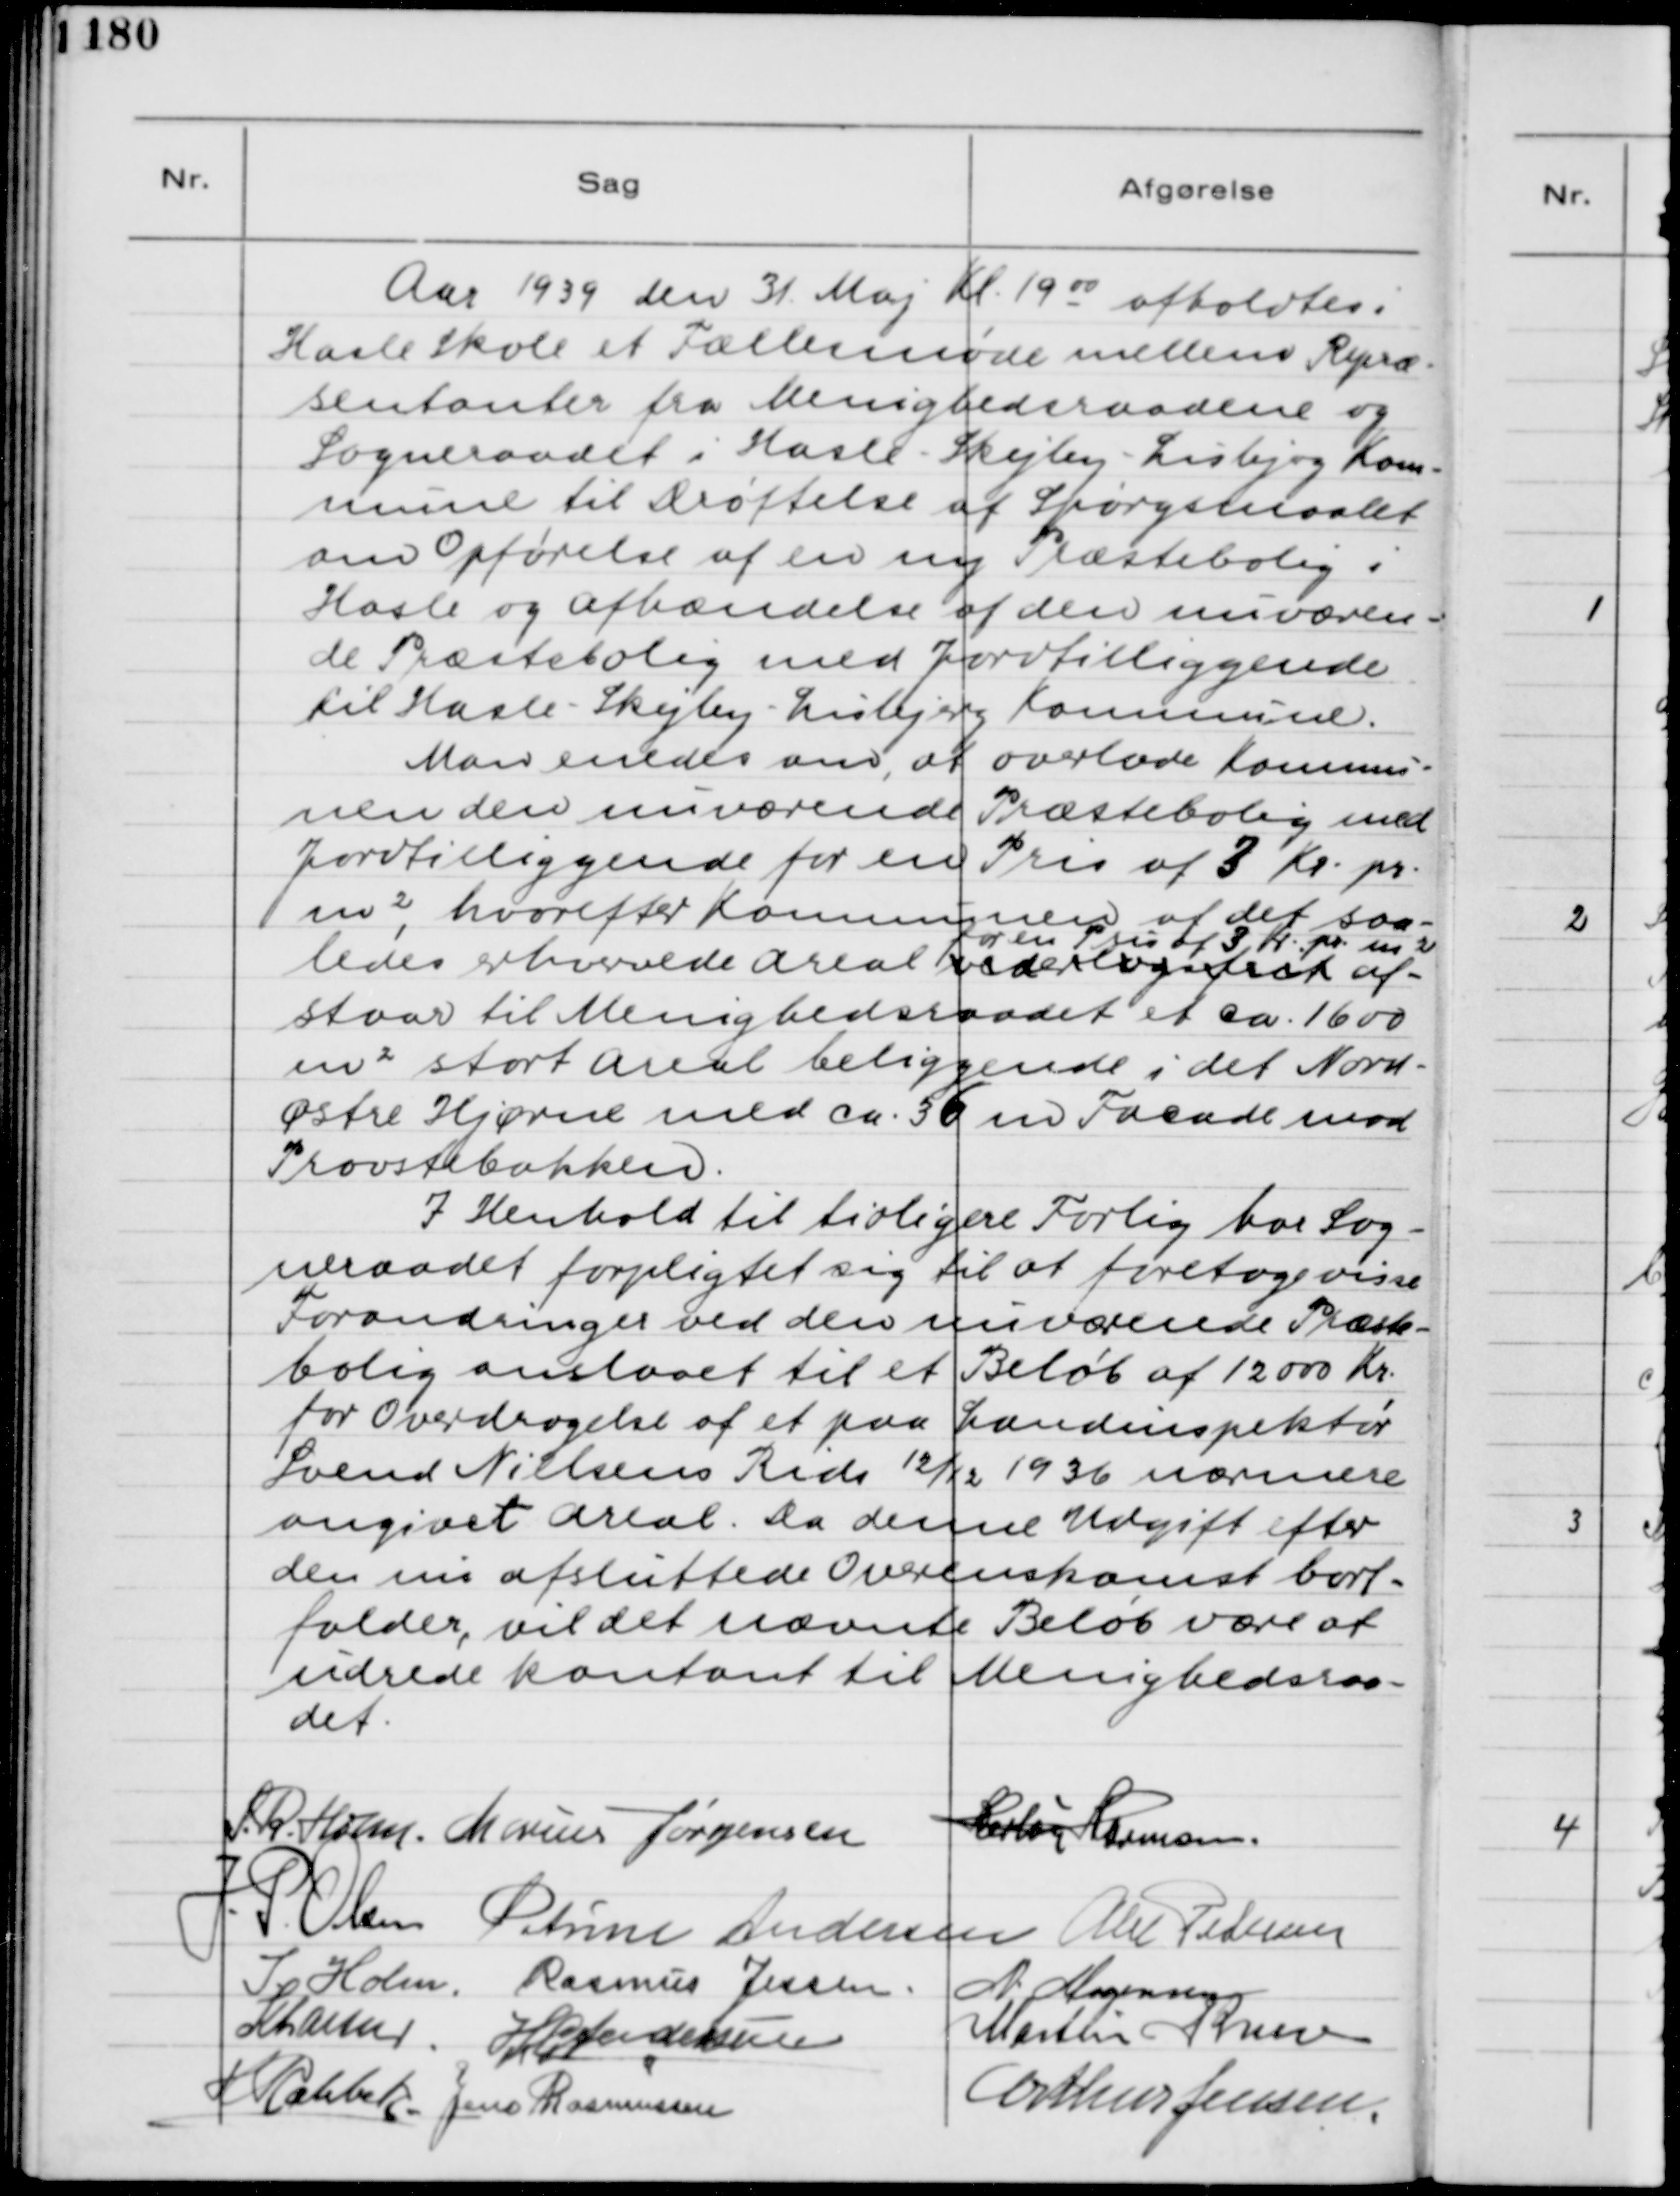
Transskription:
Aar 1939 den 31. Maj Kl. 19 00  afholdtes i
Hasle Skole et Fællesmøde mellem Repræ-
sentanter fra Menighedsraadene og
Sogneraadet i Hasle - Skejby - Lisbjerg Kom-
mune til Drøftelse af Spørgsmaalet
om Opførelse af en ny Præstebolig i
Hasle og afhændelse af den nuværen-
de Præstebolig med Jordtilliggende
til Hasle - Skejby - Lisbjerg Kommune.
Man enedes om, at overlade Kommu-
nen den nuværende Præstebolig med
Jordtilliggende for en Pris af 3 Kr. pr.
m2, hvorefter Kommunen af det saa-
ledes erhvervede Areal vederlagsfrit for en Pris af 3 Kr. pr. m2 af-
staar til Menighedsraadet et ca. 1600
m2 stort Areal beliggende i det Nord-
Østre Hjørne med ca. 36 m Facade mod
Provstebakken.
I henhold til tidligere Forlig har Sog-
neraadet forpligtiget sig til at foretage visse
Forandringer ved den nuværende Præste-
bolig anslaaet til et Beløb af 1200 Kr.
for Overdragelse af et paa Landinspektør
Svend Nielsens Rids 12/12 1936 nærmere
angivet Areal. Da denne Udgift efter
den nu afsluttede Overenskomst bort-
falder, vil det nævnte Beløb være at
udrede kontant til Menighedsraa-
det.